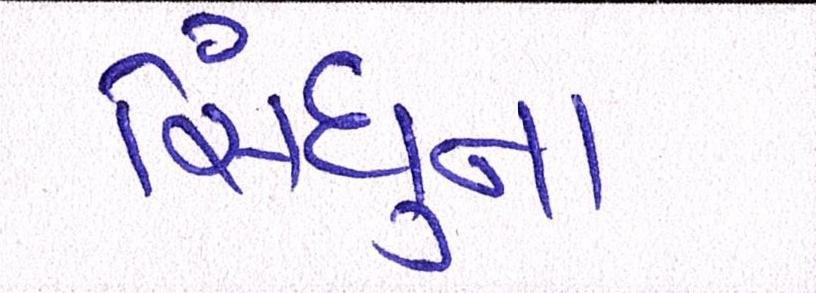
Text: સિંધુના